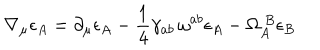
\nabla _ { \mu } \epsilon _ { A } = \partial _ { \mu } \epsilon _ { A } - \frac { 1 } { 4 } \gamma _ { a b } \, \omega ^ { a b } \epsilon _ { A } - \Omega _ { A } ^ { ~ B } \epsilon _ { B }